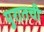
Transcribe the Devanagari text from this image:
पुरातची